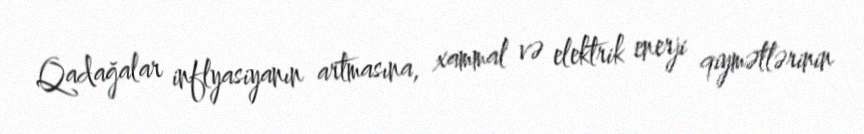
Qadağalar inflyasiyanın artmasına, xammal və elektrik enerji qiymətlərinin